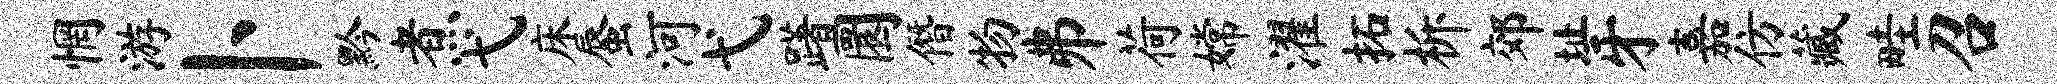
惘游卜黔煮弋床蜃河弋躇圜僭物井荷嫦濯拓柝郊址牙嘉仿藏畦召